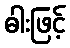
ဓါးဖြင့်